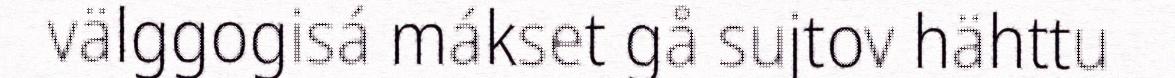
välggogisá mákset gå sujtov hähttu